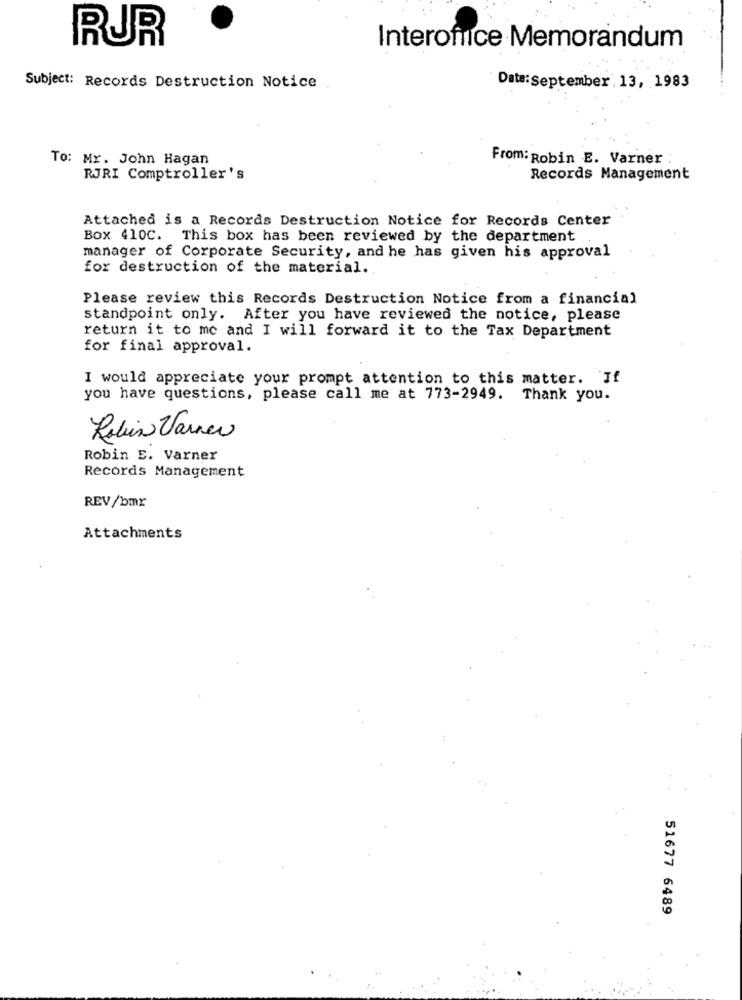
RUR
Interoffice Memorandum
Subject: Records Destruction Notice
Date:September. 13, 1983
To: Mr. John Hagan
From: Robin E. Varner :
RJRI Comptroller's
Records Management
Attached is a Records Destruction Notice for Records Center
Box 410C. This box has been reviewed by the department
manager of Corporate Security, and he has given his approval
for destruction of the material.
Please review this Records Destruction Notice from a financial
standpoint only. After you have reviewed the notice, please
return it to me and I will forward it to the Tax Department
for final approval.
I would appreciate your prompt attention to this matter. If
you have questions, please call me at 773-2949. Thank you.
Robin Varner
Robin E. Varner
Records Management
REV/bmr
Attachments
51677 6489